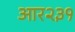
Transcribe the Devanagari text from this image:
आर२३१